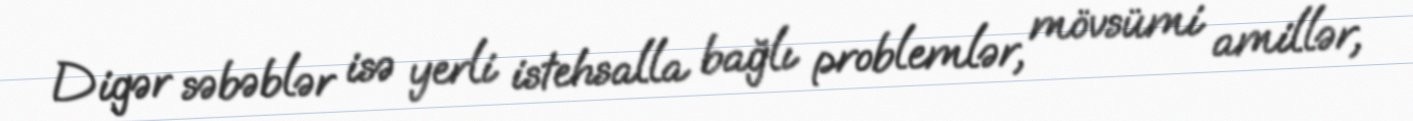
Digər səbəblər isə yerli istehsalla bağlı problemlər, mövsümi amillər,